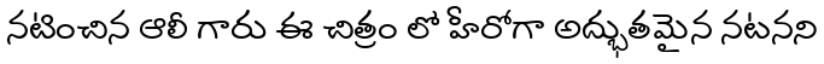
నటించిన ఆలీ గారు ఈ చిత్రం లో హీరోగా అద్భుతమైన నటనని